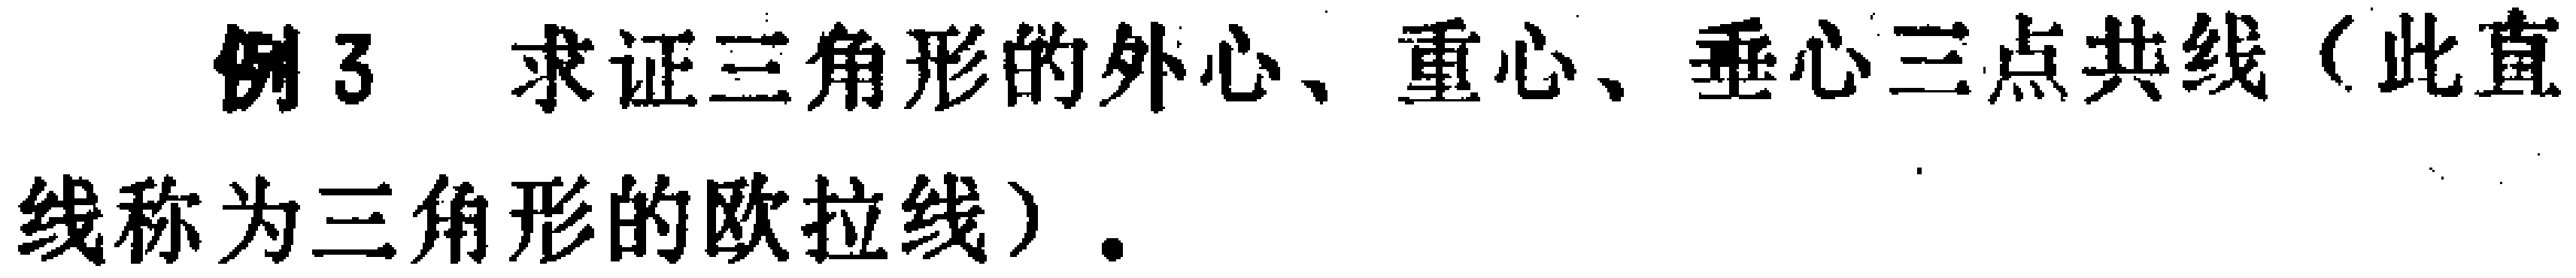
例3 求证三角形的外心、重心、垂心三点共线（此直线称为三角形的欧拉线）.